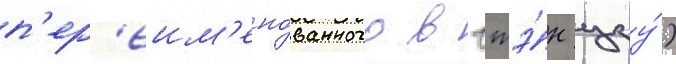
п'ер'еим'ено́ванного в чжэ́н цзу́)